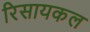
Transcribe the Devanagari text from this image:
रिसायकल